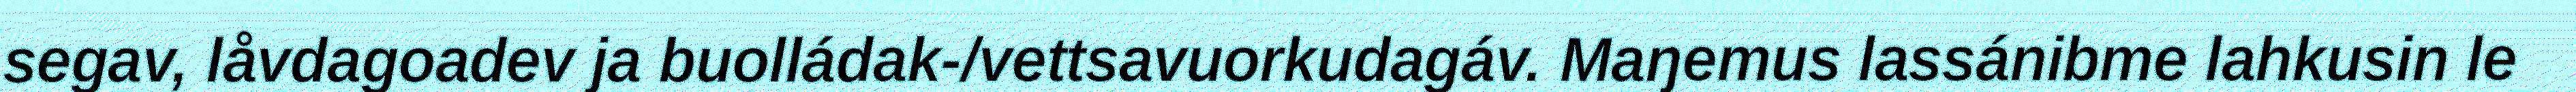
segav, låvdagoadev ja buolládak-/vettsavuorkudagáv. Maŋemus lassánibme lahkusin le